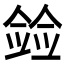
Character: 𫣛